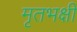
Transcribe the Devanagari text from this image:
मृतभक्षी